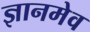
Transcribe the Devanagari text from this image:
ज्ञानमेव